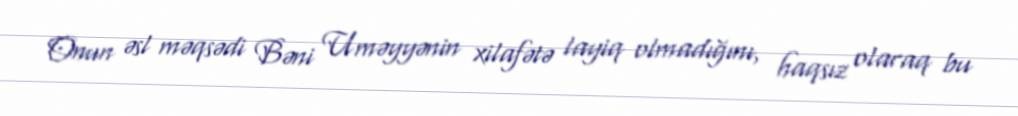
Onun əsl məqsədi Bəni Uməyyənin xilafətə layiq olmadığını, haqsız olaraq bu